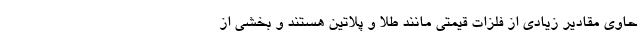
حاوی مقادیر زیادی از فلزات قیمتی مانند طلا و پلاتین هستند و بخشی از